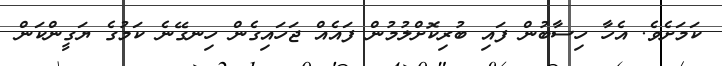
ކަމަށެވެ. އެހާ ހިސާބުން ފައި ބުރިކޮށްލުމުން ފައެއް ޖަހައިގެން ހިނގޭނެ ކަމުގެ ޔަގީންކަން